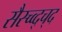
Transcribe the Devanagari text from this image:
सैस्च्व्द्च्द